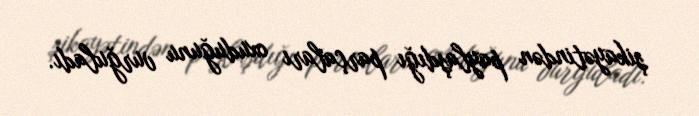
şikayətindən paylaşdığı parçaları oxuduğunu vurğuladı.